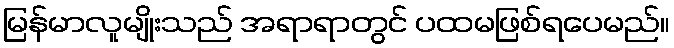
မြန်မာလူမျိုးသည် အရာရာတွင် ပထမဖြစ်ရပေမည်။